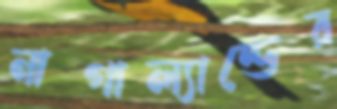
নাগাল্যান্ডের